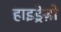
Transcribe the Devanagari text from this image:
हाइड्रेज़ो